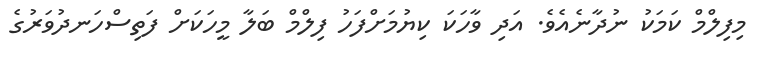
މިފިލްމް ކަމަކު ނުދާނެއެވެ. އަދި ވާހަކަ ކިޔުމަށްފަހު ފިލްމް ބަލާ މީހަކަށް ފަތިސްހަނދުވަރުގެ